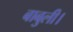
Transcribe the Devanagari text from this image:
बाबुली।